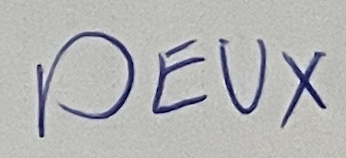
DEUX